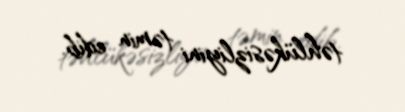
təhlükəsizliyini təmin edib.